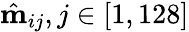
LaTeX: \hat{\textbf{m}}_{ij},j\in[1,128]